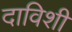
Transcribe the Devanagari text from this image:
दाविशी